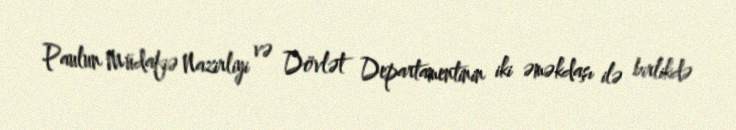
Paulun Müdafiə Nazirliyi və Dövlət Departamentinin iki əməkdaşı ilə birlikdə